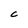
Character: C